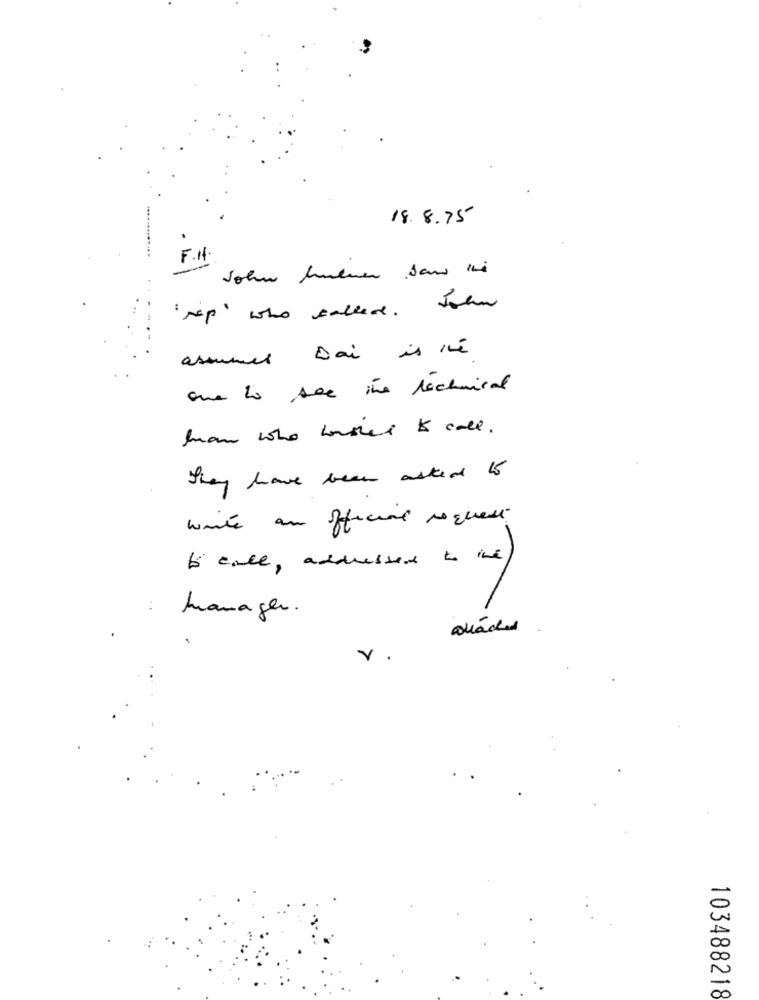
18.8.75
F.H.
John huenen ban ii
ssp" who called . John
assumes Dai is in
que la see the technical
Iron who honored to call .
They have been asked to
write an oficial request
to call, addressed to the
:
Manager.
103488218